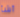
أشأ